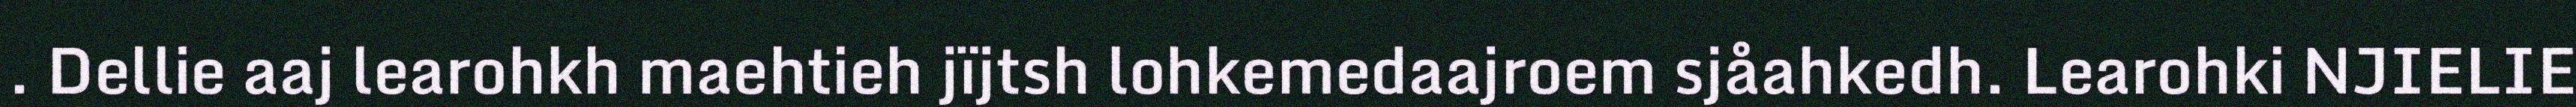
. Dellie aaj learohkh maehtieh jïjtsh lohkemedaajroem sjåahkedh. Learohki NJIELIE